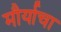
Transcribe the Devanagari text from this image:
मौर्याचा